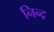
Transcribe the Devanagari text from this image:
निन्द्र